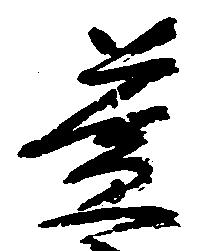
益